NAE_ERA_R-2632_ENSV_TA_Emakeele_Selts_1945-1955, lk 101
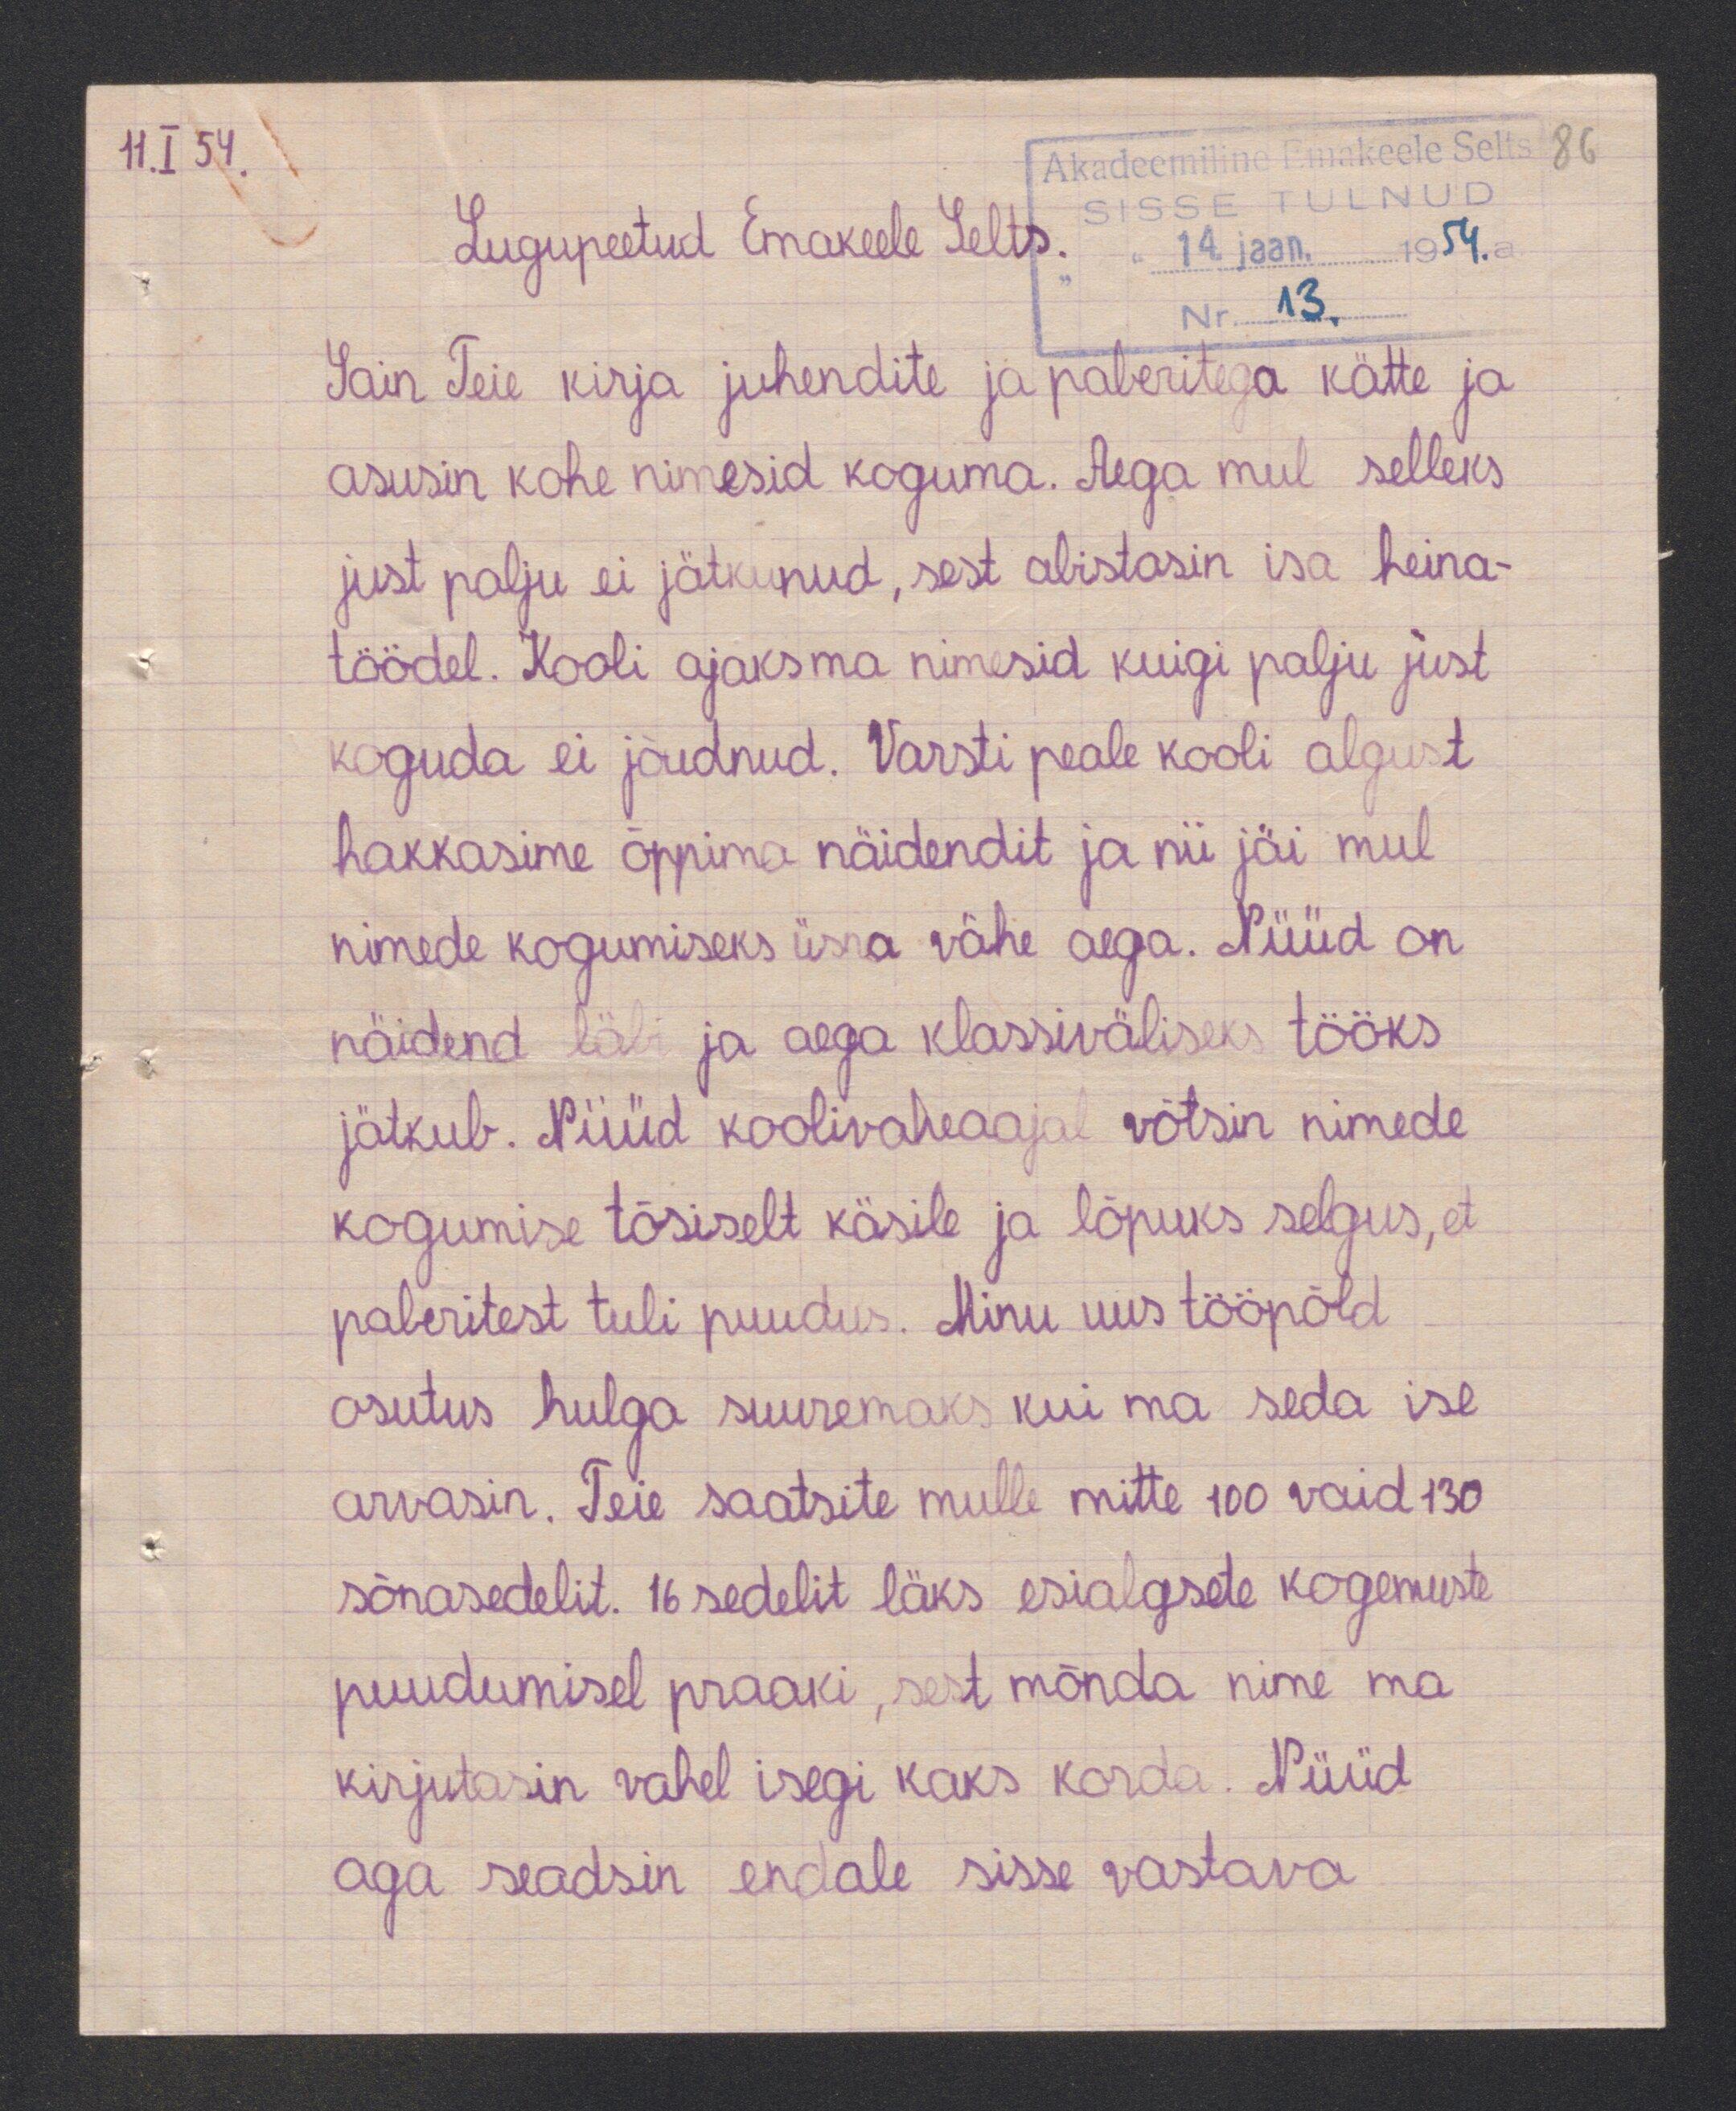
Lugupeetud Emakeele Selts.
Sain Teie kirja juhendite ja paberitga kätte ja
asusin kohe nimesid koguma. Aega mul selleks
just palju ei jätkunud, sest abistasin isa heina-
töödel. Kooli ajaks ma nimesid kuigi palju just
koguda ei jõudnud. Varsti peale kooli algust
hakkasime õppima näidendit ja nii jäi mul
nimede kogumiseks üsna vähe aega. Nüüd on
näidend läbi ja aega klassiväliseks tööks
jätkub. Nüüd koolivaheajal võtsin nimede
kogumise tõsiselt käsile ja lõpuks selgus, et
paberitest tuli puudus. Minu uus tööpöld
osutus hulga suuremaks kui ma seda ise
arvasin. Teie saatsite mulle mitte 100 vaid 130
sõnasedelit. 16 sedelit läks esialgsete kogemuste
puudumisel praaki, sest mõnda nime ma
kirjutasin vahel isegi kaks korda. Nüüd
aga seadsin endale sisse vastava